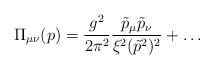
LaTeX: \begin{align*}\Pi_{\mu \nu}(p)= \frac{g^2}{2 \pi^2} \frac{\tilde{p}_{\mu}\tilde{p}_{\nu}}{\xi^2(\tilde{p}^2)^2}+ \ldots \end{align*}